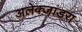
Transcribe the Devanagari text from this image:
अलेक्जांडरा